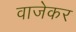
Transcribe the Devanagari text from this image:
वाजेकर